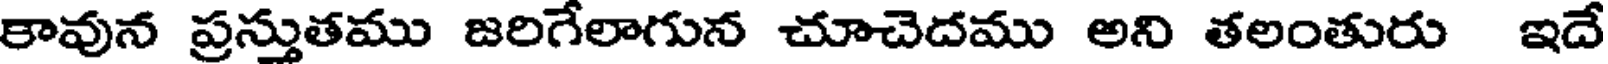
కావున ప్రస్తుతము జరిగేలాగున చూచెదము అని తలంతురు ఇదే